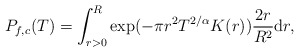
\begin{align*}P_{f,c}(T)= \int_{r>0}^{R}\exp(-\pi r^2 T^{2/\alpha}K(r)) \frac{2r}{R^2}\mathrm{d}r,\end{align*}